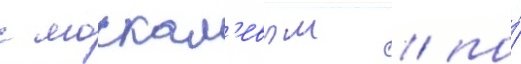
с москал'евым / по́